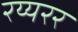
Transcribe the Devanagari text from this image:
रय्यरर